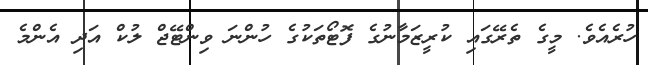
ހުރެއެވެ. މީގެ ތެރޭގައި ކުރީޒަމާނުގެ ފޮޓޯތަކުގެ ހުންނަ ވިންޓޭޖް ލުކް އަދި އެންމެ